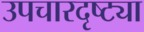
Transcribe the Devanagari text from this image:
उपचारदृष्ट्या